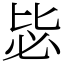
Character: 毖